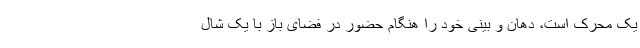
یک محرک است، دهان و بینی خود را هنگام حضور در فضای باز با یک شال